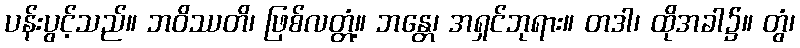
ပန်းပွင့်သည်။ ဘဝိဿတိ၊ ဖြစ်လတ္တံ့။ ဘန္တေ၊ အရှင်ဘုရား။ တဒါ၊ ထိုအခါ၌။ တွံ၊